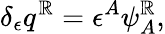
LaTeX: \delta_{\epsilon}q^{\mathbb{R}}=\epsilon^{A}\psi_{A}^{\mathbb{R}},